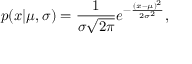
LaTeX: p ( x | \mu , \sigma ) = { \frac { 1 } { \sigma { \sqrt { 2 \pi } } } } e ^ { - { \frac { ( x - \mu ) ^ { 2 } } { 2 \sigma ^ { 2 } } } } ,